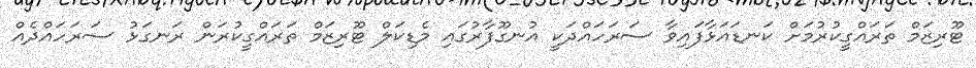
ޓޫރިޒަމް ތަރައްގީކުރުމަށް ކަނޑައަޅާފައިވާ ސަރަހައްދަކީ އުނގޫފާރުގައި މެޑިކަލް ޓޫރިޒަމް ތަރައްގީކުރަން ރަނގަޅު ސަރަހައްދެއް